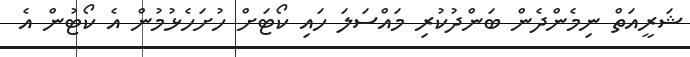
ޝަރީއަތް ނިމެންދެން ބަންދުކުރި މައްސަލަ ހައި ކޯޓަށް ހުށަހެޅުމުން އެ ކޯޓުން އެ